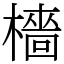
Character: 檣